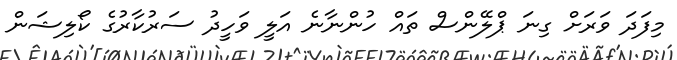
މިފަދަ ވަރަށް ގިނަ ޕްލޭންސް ތައް ހުންނާނެ އަލީ ވަހީދު ސަރުކާރުގެ ކޯލިޝަން